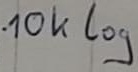
Text: 10k log